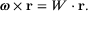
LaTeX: { \boldsymbol { \omega } } \times \mathbf { r } = W \cdot \mathbf { r } .